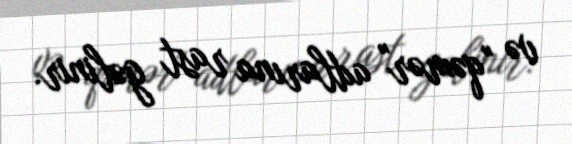
və "qəmər" adlarına rast gəlinir.